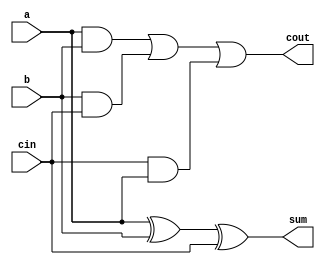
`timescale 1ns / 1ps
//////////////////////////////////////////////////////////////////////////////////
// Company: 
// Engineer: 
// 
// Design Name: 
// Module Name: full_adder
// Project Name: 
// Target Devices: 
// Tool Versions: 
// Description: 
// 
// Dependencies: 
// 
// Revision:
// Revision 0.01 - File Created
// Additional Comments:
// 
//////////////////////////////////////////////////////////////////////////////////

module full_adder(a, b, cin, sum, cout);
  input a, b, cin;
  output sum, cout;
  assign sum = (a ^ b) ^ cin;
  assign cout = (a & b) | (b & cin) | (cin & a);
endmodule